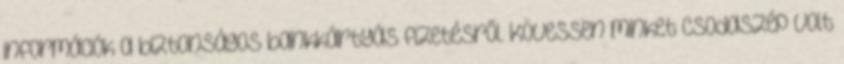
információk a biztonságos bankkártyás fizetésről. Kövessen minket Csodaszép volt